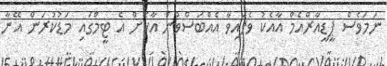
ނަމަވެސް ޕީޑީއާރްއެމް އާއެކު ވެފައިވާ އެއްބަސްވުން އާކޮށް އެ ޓީމްގައި މަޑުކުރަން އޭނާ